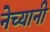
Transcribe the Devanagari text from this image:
नेच्यानी